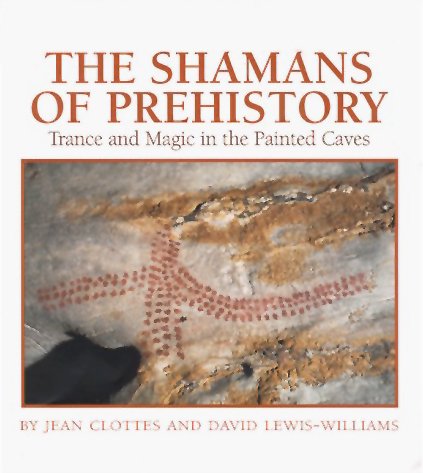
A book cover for The Shamans of Prehistory: Trance and Magic in the Painted Caves; Jean Clottes; Teen & Young Adult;